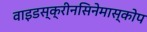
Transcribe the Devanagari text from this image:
वाइडस्क्रीनसिनेमास्कोप